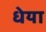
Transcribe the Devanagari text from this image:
धेया